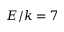
E / k = 7